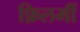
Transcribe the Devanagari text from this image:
फ़िलमीं